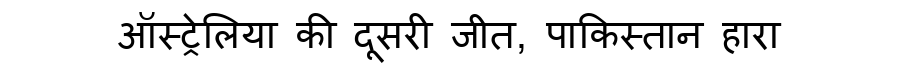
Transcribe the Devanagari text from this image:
ऑस्ट्रेलिया की दूसरी जीत, पाकिस्तान हारा